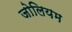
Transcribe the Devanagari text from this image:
जोलियम